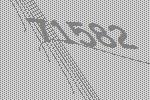
71582